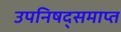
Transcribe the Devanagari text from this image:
उपनिषद्समाप्त